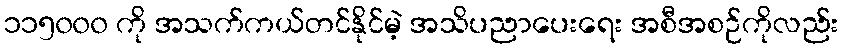
၁၁၅၀၀၀ ကို အသက်ကယ်တင်နိုင်မဲ့ အသိပညာပေးရေး အစီအစဉ်ကိုလည်း